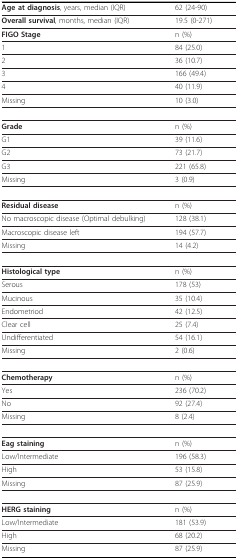
| Age at diagnosis, years, median (IQR) | 62 (24-90) |
 | --- | --- |
 | Overall survival, months, median (IQR) | 19.5 (0-271) |
 | FIGO Stage | n (%) |
 | 1 | 84 (25.0) |
 | 2 | 36 (10.7) |
 | 3 | 166 (49.4) |
 | 4 | 40 (11.9) |
 | Missing | 10 (3.0) |
 | Grade | n (%) |
 | G1 | 39 (11.6) |
 | G2 | 73 (21.7) |
 | G3 | 221 (65.8) |
 | Missing | 3 (0.9) |
 | Residual disease | n (%) |
 | No macroscopic disease (Optimal debulking) | 128 (38.1) |
 | Macroscopic disease left | 194 (57.7) |
 | Missing | 14 (4.2) |
 | Histological type | n (%) |
 | Serous | 178 (53) |
 | Mucinous | 35 (10.4) |
 | Endometriod | 42 (12.5) |
 | Clear cell | 25 (7.4) |
 | Undifferentiated | 54 (16.1) |
 | Missing | 2 (0.6) |
 | Chemotherapy | n (%) |
 | Yes | 236 (70.2) |
 | No | 92 (27.4) |
 | Missing | 8 (2.4) |
 | Eag staining | n (%) |
 | Low/Intermediate | 196 (58.3) |
 | High | 53 (15.8) |
 | Missing | 87 (25.9) |
 | HERG staining | n (%) |
 | Low/Intermediate | 181 (53.9) |
 | High | 68 (20.2) |
 | Missing | 87 (25.9) |